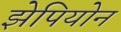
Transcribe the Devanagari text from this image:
झेपियोन